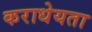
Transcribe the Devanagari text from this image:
कराधेयता